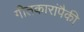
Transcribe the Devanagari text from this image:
गीतकारांपैकी